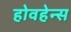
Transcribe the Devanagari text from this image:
होवहेन्स